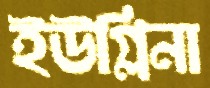
ইউগ্লিনা